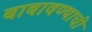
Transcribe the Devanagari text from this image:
बाबावण्याची